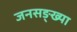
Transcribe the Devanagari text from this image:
जनसङ्ख्या